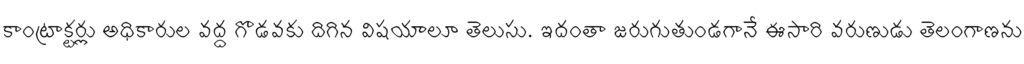
కాంట్రాక్టర్లు అధికారుల వద్ద గొడవకు దిగిన విషయాలూ తెలుసు. ఇదంతా జరుగుతుండగానే ఈసారి వరుణుడు తెలంగాణను